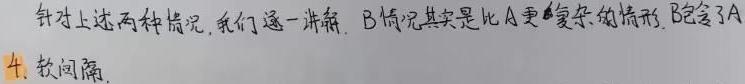
针对上述两种情况,我们逐一讲解. B情况其实是比A更复杂的情形, 包含了A
4. 软间隔